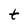
Character: t